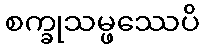
စက္ခုသမ္ဖဿေပိ